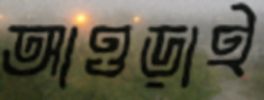
আওড়াই